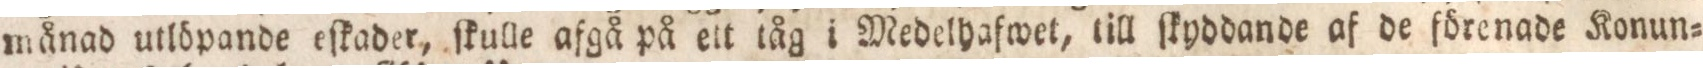
månad utlöpande eſkader, ſkulle afgå på ett tåg i Medelhafwet, till ſkyddande af de förenade Konun=